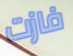
فازت